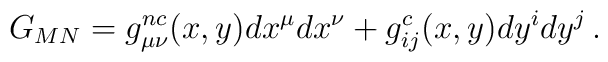
G_{MN} = g^{nc}_{\mu \nu}(x,y) dx^{\mu} dx^{\nu} + g^c_{ij}(x,y)dy^{i} dy^{j}\,.